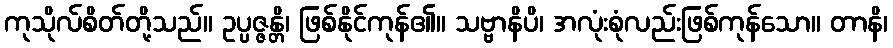
ကုသိုလ်စိတ်တို့သည်။ ဥပ္ပဇ္ဇန္တိ၊ ဖြစ်နိုင်ကုန်၏။ သဗ္ဗာနိပိ၊ အလုံးစုံလည်းဖြစ်ကုန်သော။ တာနိ၊